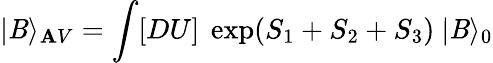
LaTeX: |{\cal\mathit{B}}\rangle_{\mathbf{A}V}=\int[DU]\ \exp(S_{1}+S_{2}+S_{3})\ |{\cal\mathit{B}}\rangle_{0}